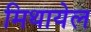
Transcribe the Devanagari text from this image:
मिथायेल